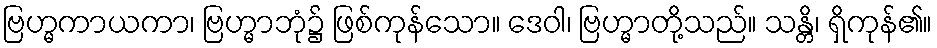
ဗြဟ္မကာယကာ၊ ဗြဟ္မာဘုံ၌ ဖြစ်ကုန်သော။ ဒေဝါ၊ ဗြဟ္မာတို့သည်။ သန္တိ၊ ရှိကုန်၏။